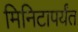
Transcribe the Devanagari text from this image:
मिनिटापर्यंत